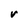
Character: V